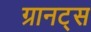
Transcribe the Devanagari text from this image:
ग्रानट्स